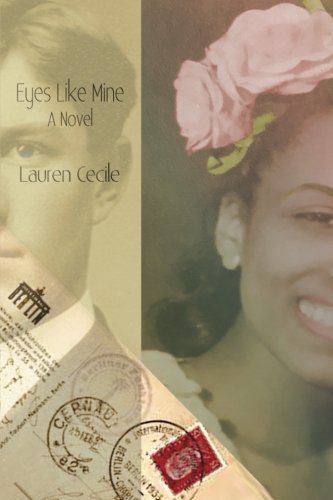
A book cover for Eyes Like Mine; Lauren Cecile; Literature & Fiction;